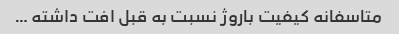
متاسفانه کیفیت باروژ نسبت به قبل افت داشته …